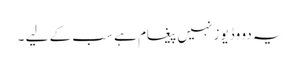
یہ دو وڈیوز نہیں پیغام ہے سب کے لیے ۔